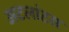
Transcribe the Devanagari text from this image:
अटलांटस